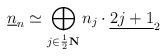
LaTeX: \begin{align*}\underline{n}_n \simeq \bigoplus_{j \in \frac{1}{2}\bf N} n_j\cdot \underline{2j+1}_2\end{align*}